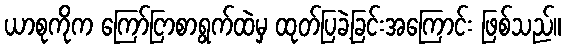
ယာစုကိုက ကြော်ငြာစာရွက်ထဲမှ ထုတ်ပြခဲ့ခြင်းအကြောင်း ဖြစ်သည်။